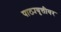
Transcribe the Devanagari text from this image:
पाठ्यवृत्तीवर